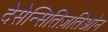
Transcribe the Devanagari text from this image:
देसेन्सितिज़तिओन